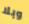
وبلا